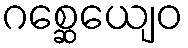
ဂစ္ဆေယျေဝ